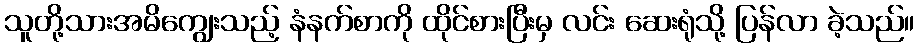
သူတို့သားအမိကျွေးသည့် နံနက်စာကို ထိုင်စားပြီးမှ လင်း ဆေးရုံသို့ ပြန်လာ ခဲ့သည်။